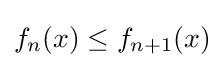
f_{n}(x)\leq f_{n+1}(x)